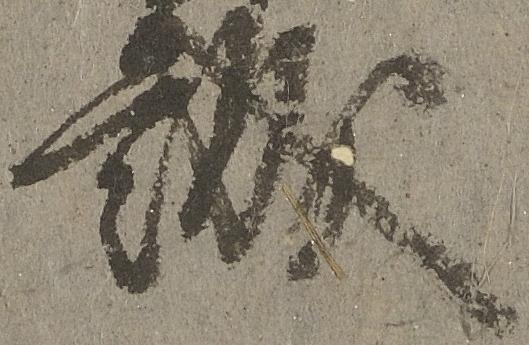
誠